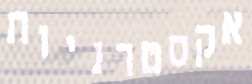
אקסטרניות